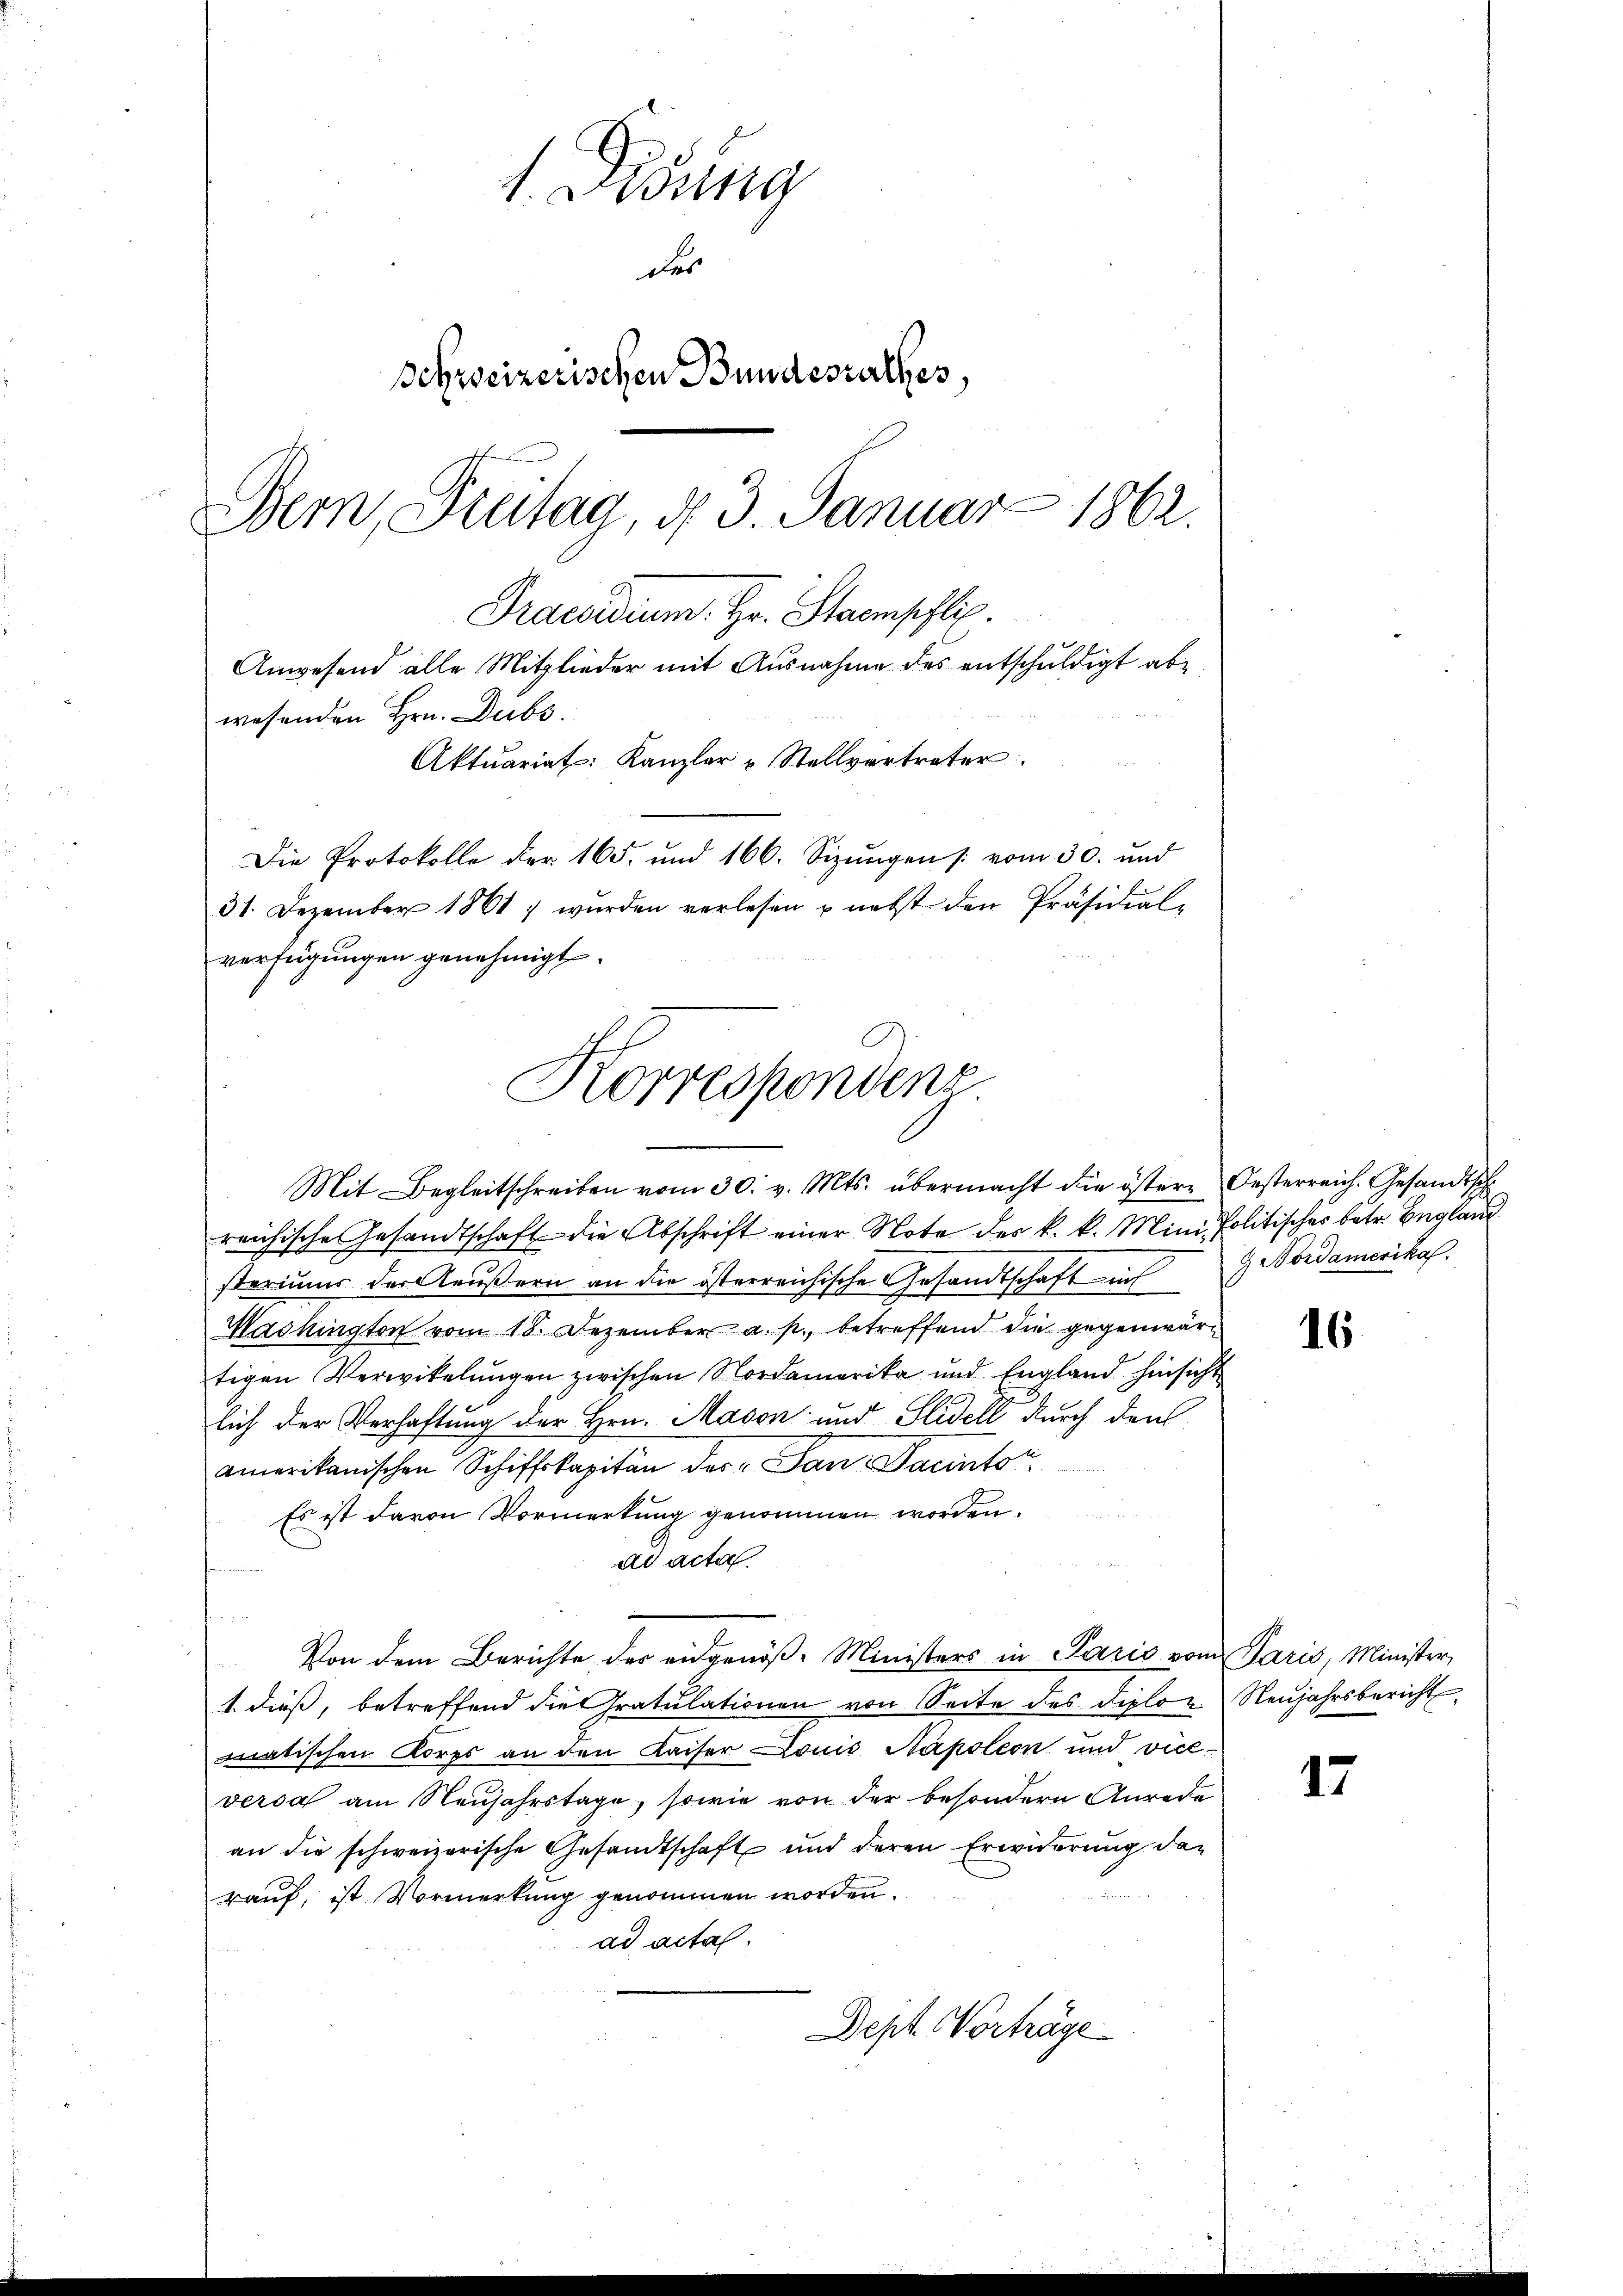
1. Desung
des
Schweizerischen Bundesrathes,
Bern, Freitag, d. 3. Januar 1862.
Praesidium. Hr. Stammschli
Anwesend alle Mitglieder mit Ausnahme des entschuldigt abe
wesenden Hrn. Dubs.
Aktuariat: Kanzler Stellvertreter
Die Protokolle der 165. und 166. Sizungen /: vom 30. und
31. Dezember 1861 ; wurden verlesen u. nebst den Präsidial-
verfügungen genehmigt.

Korrespondens
Mit Begleitschreiben vom 30. v. Mts. übermacht die östere Oesterreich. Gesandtsch

reichische Gesandtschaft die Abschrift einer Note des k. k. Mini. Politisches betr. England
steriums der Aeußern an die österreichische Gesandtschaft auf
Mashington vom 18. Dezember a. p., betreffend die gegenwärtigen Verwikelungen zwischen Nordamerika und England hinsicht
lich der Verhaftung der Hrn. Madon und Slidell durch den
amerikanischen Schiffskapitän der San.- Sanitor
Es ist davon Vormerkung genommen worden.
ad acta
Von dem Berichte des eidgenöß- Ministers in Paris vom Paris, Minister,
1. dieß, betreffend die ratulationen von Seite des Diplon Neujahrsbericht
matischen Korps an den Kaiser Donis Napoleon und viceversa am Neujahrstage, sowie von der besondern Anrede
an die schweizerische Gesandtschaft und deren Erwiderung den
rauf, ist Vormerkung genommen worden.
ad acta.
Dept Vorträge

& Nordamerika

16

17